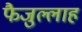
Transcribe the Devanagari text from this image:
फैजुल्लाह